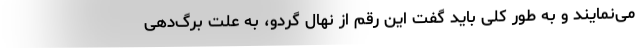
می‌­نمایند و به طور کلی باید گفت این رقم از نهال گردو، به علت برگ‌­دهی